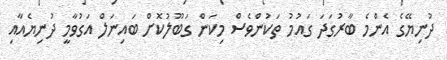
ދުނިޔޭގެ އެންމެ ބާރުގަދަ ގައުމު ތަކުންވެސް މިކަން ގަބޫލުކޮށް ބައިނަލް އަގުވާމީ ދުނިޔެއާއި